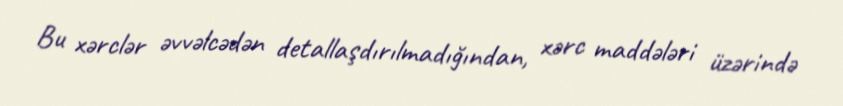
Bu xərclər əvvəlcədən detallaşdırılmadığından, xərc maddələri üzərində